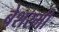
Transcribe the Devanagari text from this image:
बेशरमी